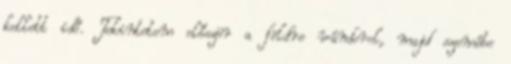
kellett idő. Tekintetem először a földre vándorol, majd szemébe